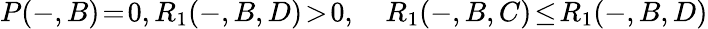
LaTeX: P(-,B)\! =\! 0,R_{1}(-,B,D)\! >\! 0,\quad R_{1}(-,B,C)\! \leq\! R_{1}(-,B,D)